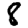
Digit: 8